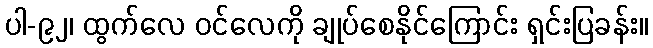
ပါ-၉၂၊ ထွက်လေ ဝင်လေကို ချုပ်စေနိုင်ကြောင်း ရှင်းပြခန်း။